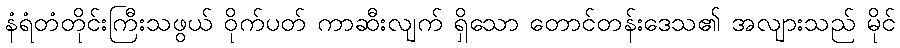
နံရံတံတိုင်းကြီးသဖွယ် ဝိုက်ပတ် ကာဆီးလျက် ရှိသော တောင်တန်းဒေသ၏ အလျားသည် မိုင်